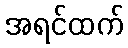
အရင်ထက်